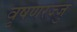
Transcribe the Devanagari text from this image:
वृषणरज्जु